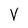
Character: V